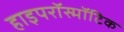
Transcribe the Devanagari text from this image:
हाइपरॉस्मॉटिक